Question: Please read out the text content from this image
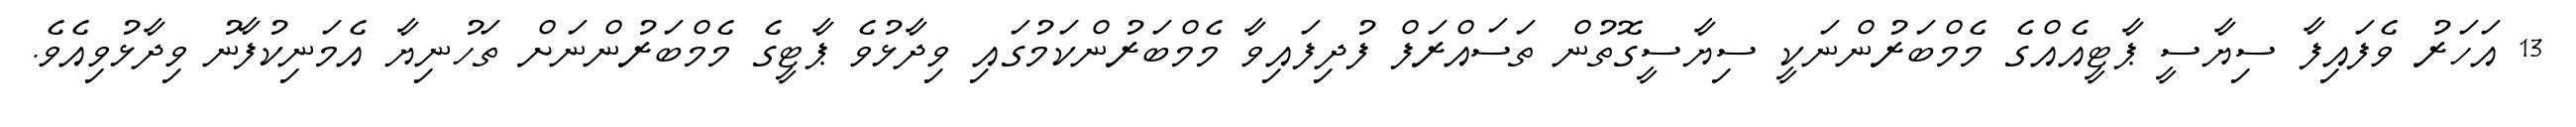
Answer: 13 އަހަރު ވެފައިފާ ސިޔާސީ ޕާޓީއެއްގެ މެމްބަރުންނަކީ ސިޔާސީގޮތުން ތަސައްރަފް ފުދިފައިވާ މެމްބަރުންކަމުގައި ވިދާޅުވެ ޕާޓީގެ މެމްބަރުންނަށް ތަހުނިޔާ އެމަނިކުފާނު ވިދާޅުވިއެވެ.